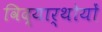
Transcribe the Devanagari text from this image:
विद्यार्थोयों